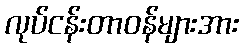
လုပ်ငန်းတာဝန်များအား